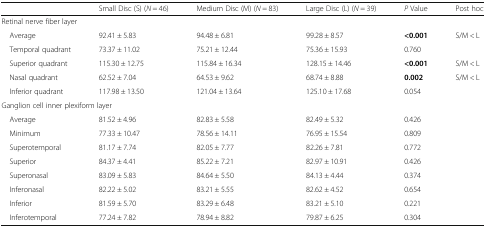
<table><thead><tr><td></td><td><b>Small Disc (S) (<i>N</i> = 46)</b></td><td><b>Medium Disc (M) (<i>N</i> = 83)</b></td><td><b>Large Disc (L) (<i>N</i> = 39)</b></td><td><b><i>P</i> Value</b></td><td><b>Post hoc</b></td></tr></thead><tbody><tr><td colspan="6">Retinal nerve fiber layer</td></tr><tr><td> Average</td><td>92.41 ± 5.83</td><td>94.48 ± 6.81</td><td>99.28 ± 8.57</td><td><b>&lt;0.001</b></td><td>S/M &lt; L</td></tr><tr><td> Temporal quadrant</td><td>73.37 ± 11.02</td><td>75.21 ± 12.44</td><td>75.36 ± 15.93</td><td>0.760</td><td></td></tr><tr><td> Superior quadrant</td><td>115.30 ± 12.75</td><td>115.84 ± 16.34</td><td>128.15 ± 14.46</td><td><b>&lt;0.001</b></td><td>S/M &lt; L</td></tr><tr><td> Nasal quadrant</td><td>62.52 ± 7.04</td><td>64.53 ± 9.62</td><td>68.74 ± 8.88</td><td><b>0.002</b></td><td>S/M &lt; L</td></tr><tr><td> Inferior quadrant</td><td>117.98 ± 13.50</td><td>121.04 ± 13.64</td><td>125.10 ± 17.68</td><td>0.054</td><td></td></tr><tr><td colspan="6">Ganglion cell inner plexiform layer</td></tr><tr><td> Average</td><td>81.52 ± 4.96</td><td>82.83 ± 5.58</td><td>82.49 ± 5.32</td><td>0.426</td><td></td></tr><tr><td> Minimum</td><td>77.33 ± 10.47</td><td>78.56 ± 14.11</td><td>76.95 ± 15.54</td><td>0.809</td><td></td></tr><tr><td> Superotemporal</td><td>81.17 ± 7.74</td><td>82.05 ± 7.77</td><td>82.26 ± 7.81</td><td>0.772</td><td></td></tr><tr><td> Superior</td><td>84.37 ± 4.41</td><td>85.22 ± 7.21</td><td>82.97 ± 10.91</td><td>0.426</td><td></td></tr><tr><td> Superonasal</td><td>83.09 ± 5.83</td><td>84.64 ± 5.50</td><td>84.13 ± 4.44</td><td>0.374</td><td></td></tr><tr><td> Inferonasal</td><td>82.22 ± 5.02</td><td>83.21 ± 5.55</td><td>82.62 ± 4.52</td><td>0.654</td><td></td></tr><tr><td> Inferior</td><td>81.59 ± 5.70</td><td>83.29 ± 6.48</td><td>83.21 ± 5.10</td><td>0.221</td><td></td></tr><tr><td> Inferotemporal</td><td>77.24 ± 7.82</td><td>78.94 ± 8.82</td><td>79.87 ± 6.25</td><td>0.304</td><td></td></tr></tbody></table>